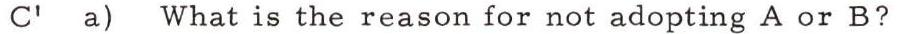
C' a) What is the reason for not adopting A or B?